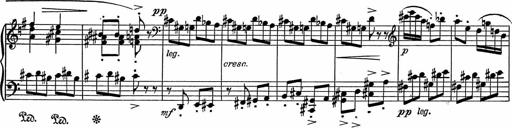
Title: 3Ã¨me Sonatine
Composer: Raffaele d' Alessandro